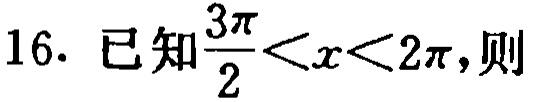
16. 已知$\frac{3\pi}{2}<x<2\pi$,则